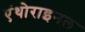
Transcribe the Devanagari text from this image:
एंथोराइनल